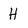
Character: H